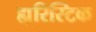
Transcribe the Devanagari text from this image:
ह्यूरिस्टिक